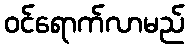
ဝင်ရောက်လာမည်